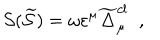
\mathcal { S } ( \widetilde { \mathcal { S } } ) \; \mathcal { = \; } \omega \varepsilon ^ { \mu } \widetilde { \Delta } _ { \mu } ^ { c l } \; \; ,